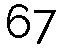
67